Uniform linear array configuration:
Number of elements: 48
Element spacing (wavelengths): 1
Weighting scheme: kaiser
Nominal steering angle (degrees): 0
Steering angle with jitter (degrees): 0.4007
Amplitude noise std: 0.05
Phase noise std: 0.05

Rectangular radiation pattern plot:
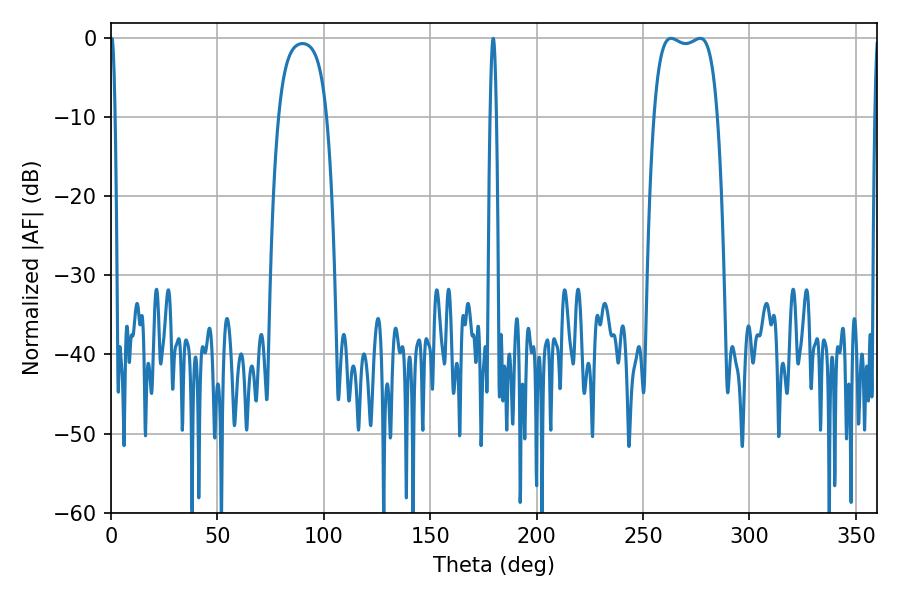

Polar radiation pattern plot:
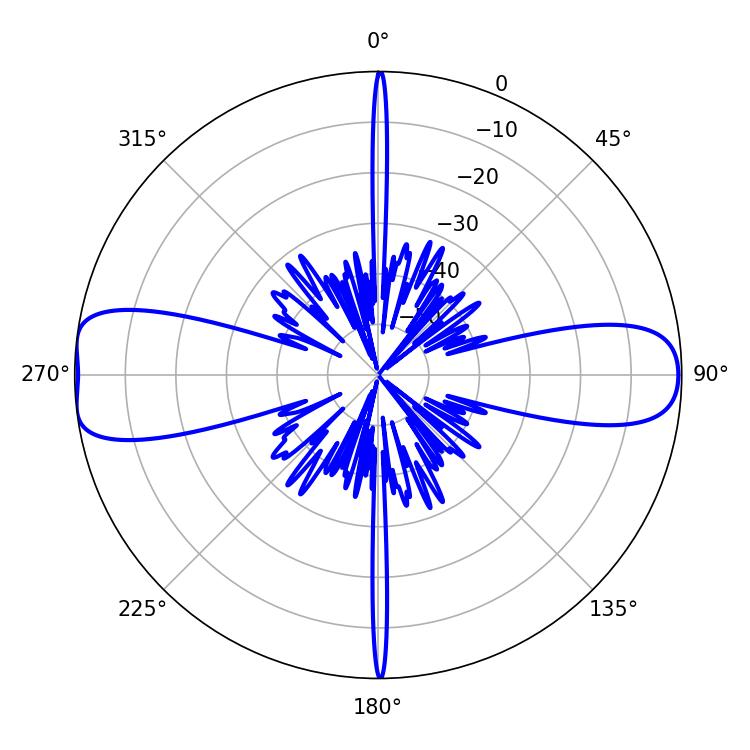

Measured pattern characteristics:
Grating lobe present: TRUE
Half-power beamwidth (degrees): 24.12
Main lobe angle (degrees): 263.16